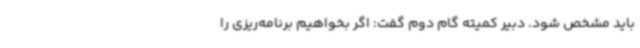
باید مشخص شود. دبیر کمیته گام دوم گفت: اگر بخواهیم برنامه‌ریزی را